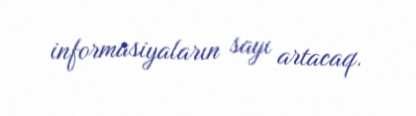
informasiyaların sayı artacaq.